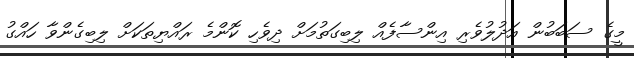
މީގެ ސަބަބުން އަދުލުވެރި އިންސާފެއް ލިބިގަތުމަށް ދިވެހި ކޮންމެ ރައްޔިތަކަށް ލިބިގެންވާ ހައްގު